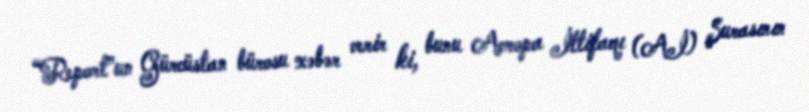
“Report”un Gürcüstan bürosu xəbər verir ki, bunu Avropa İttifaqı (Aİ) Şurasının